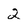
Character: 2